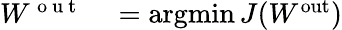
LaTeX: \begin{array}{rl}{W^{\mathrm{~o~u~t~}}}&{{}=\operatorname*{argmin}J(W^{\mathrm{out}})}\end{array}